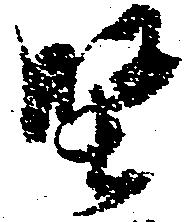
堅